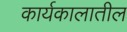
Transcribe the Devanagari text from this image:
कार्यकालातील